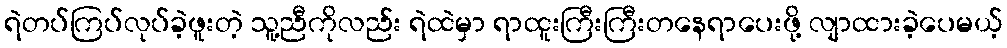
ရဲတပ်ကြပ်လုပ်ခဲ့ဖူးတဲ့ သူ့ညီကိုလည်း ရဲထဲမှာ ရာထူးကြီးကြီးတနေရာပေးဖို့ လျာထားခဲ့ပေမယ့်